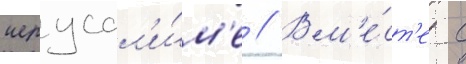
иерусал'и́м'е // Вм'е́ст'е с